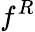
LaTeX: f^{R}